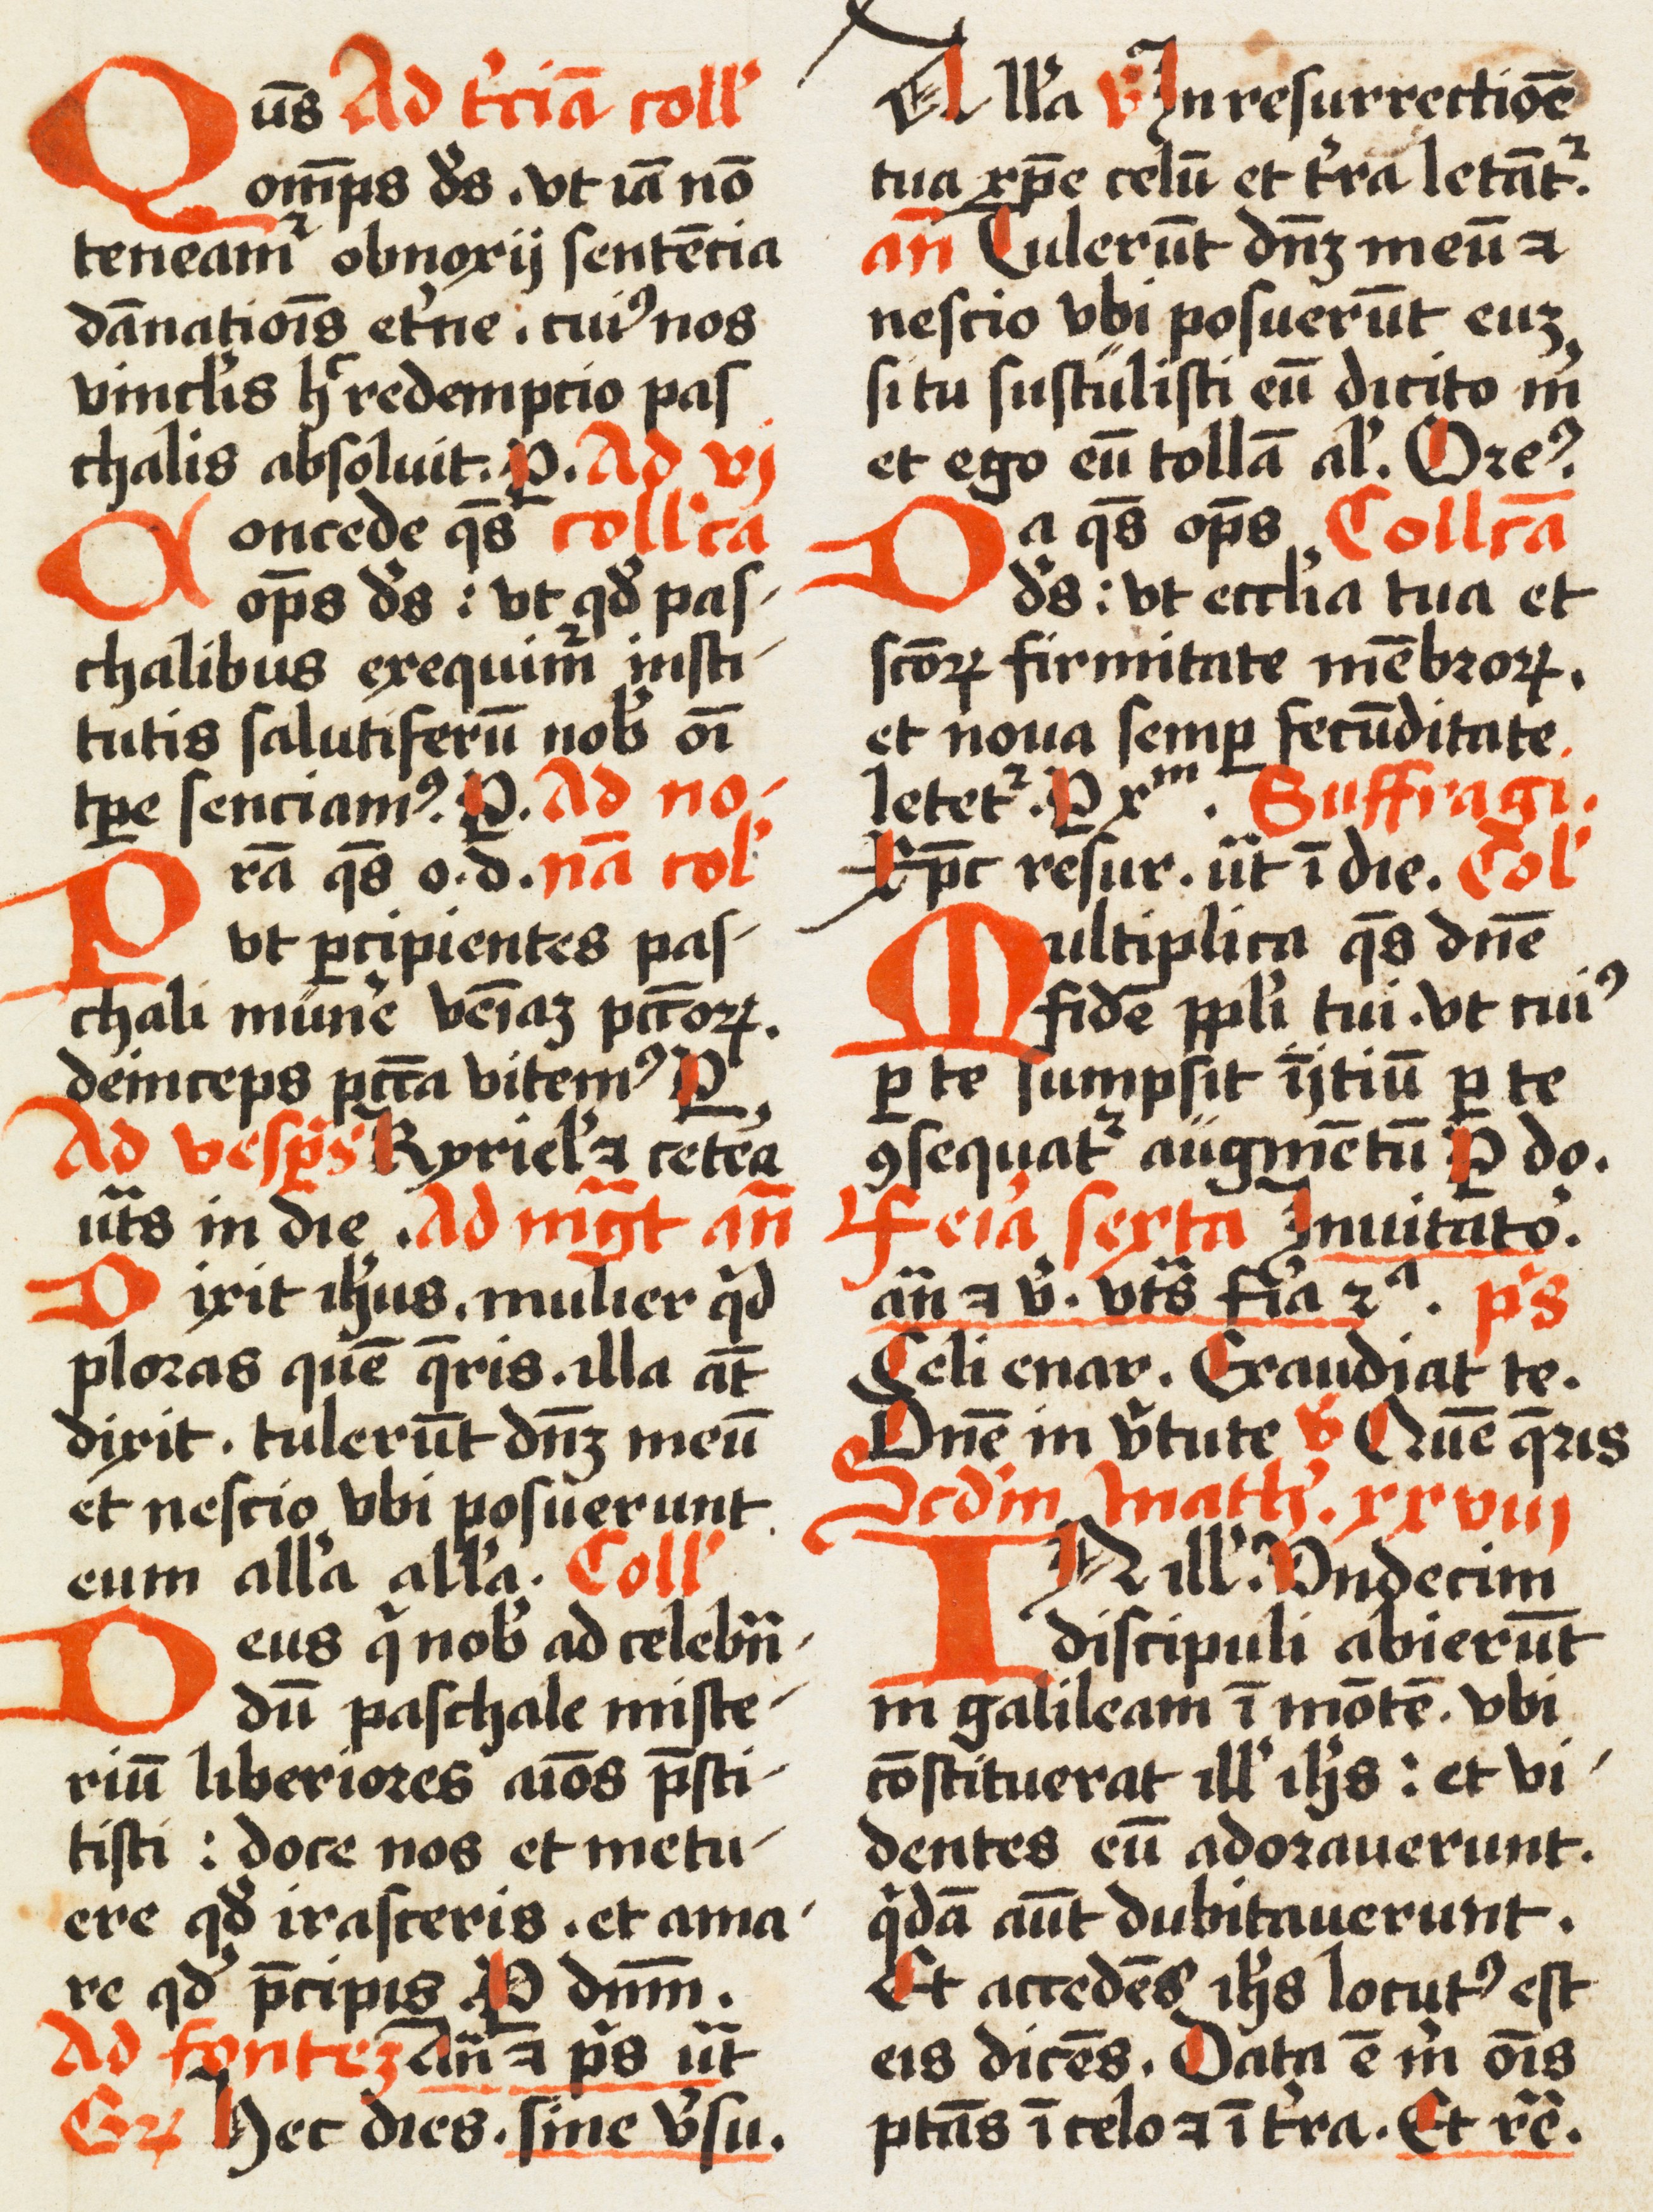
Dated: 1500–1524